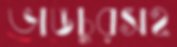
ভাঙচুরসহ